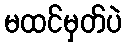
မထင်မှတ်ပဲ